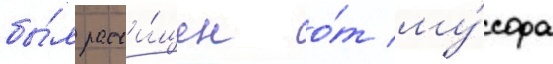
бы́л расчи́щен о́т му́сора